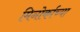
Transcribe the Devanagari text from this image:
मिनोर्काच्या